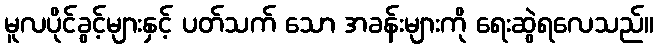
မူလပိုင်ခွင့်များနှင့် ပတ်သက် သော အခန်းများကို ရေးဆွဲရလေသည်။